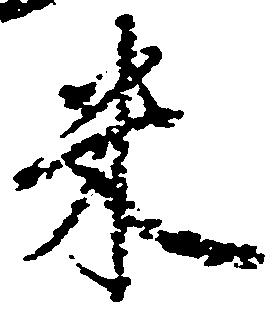
米